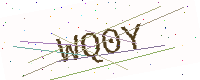
Text: WQ0Y